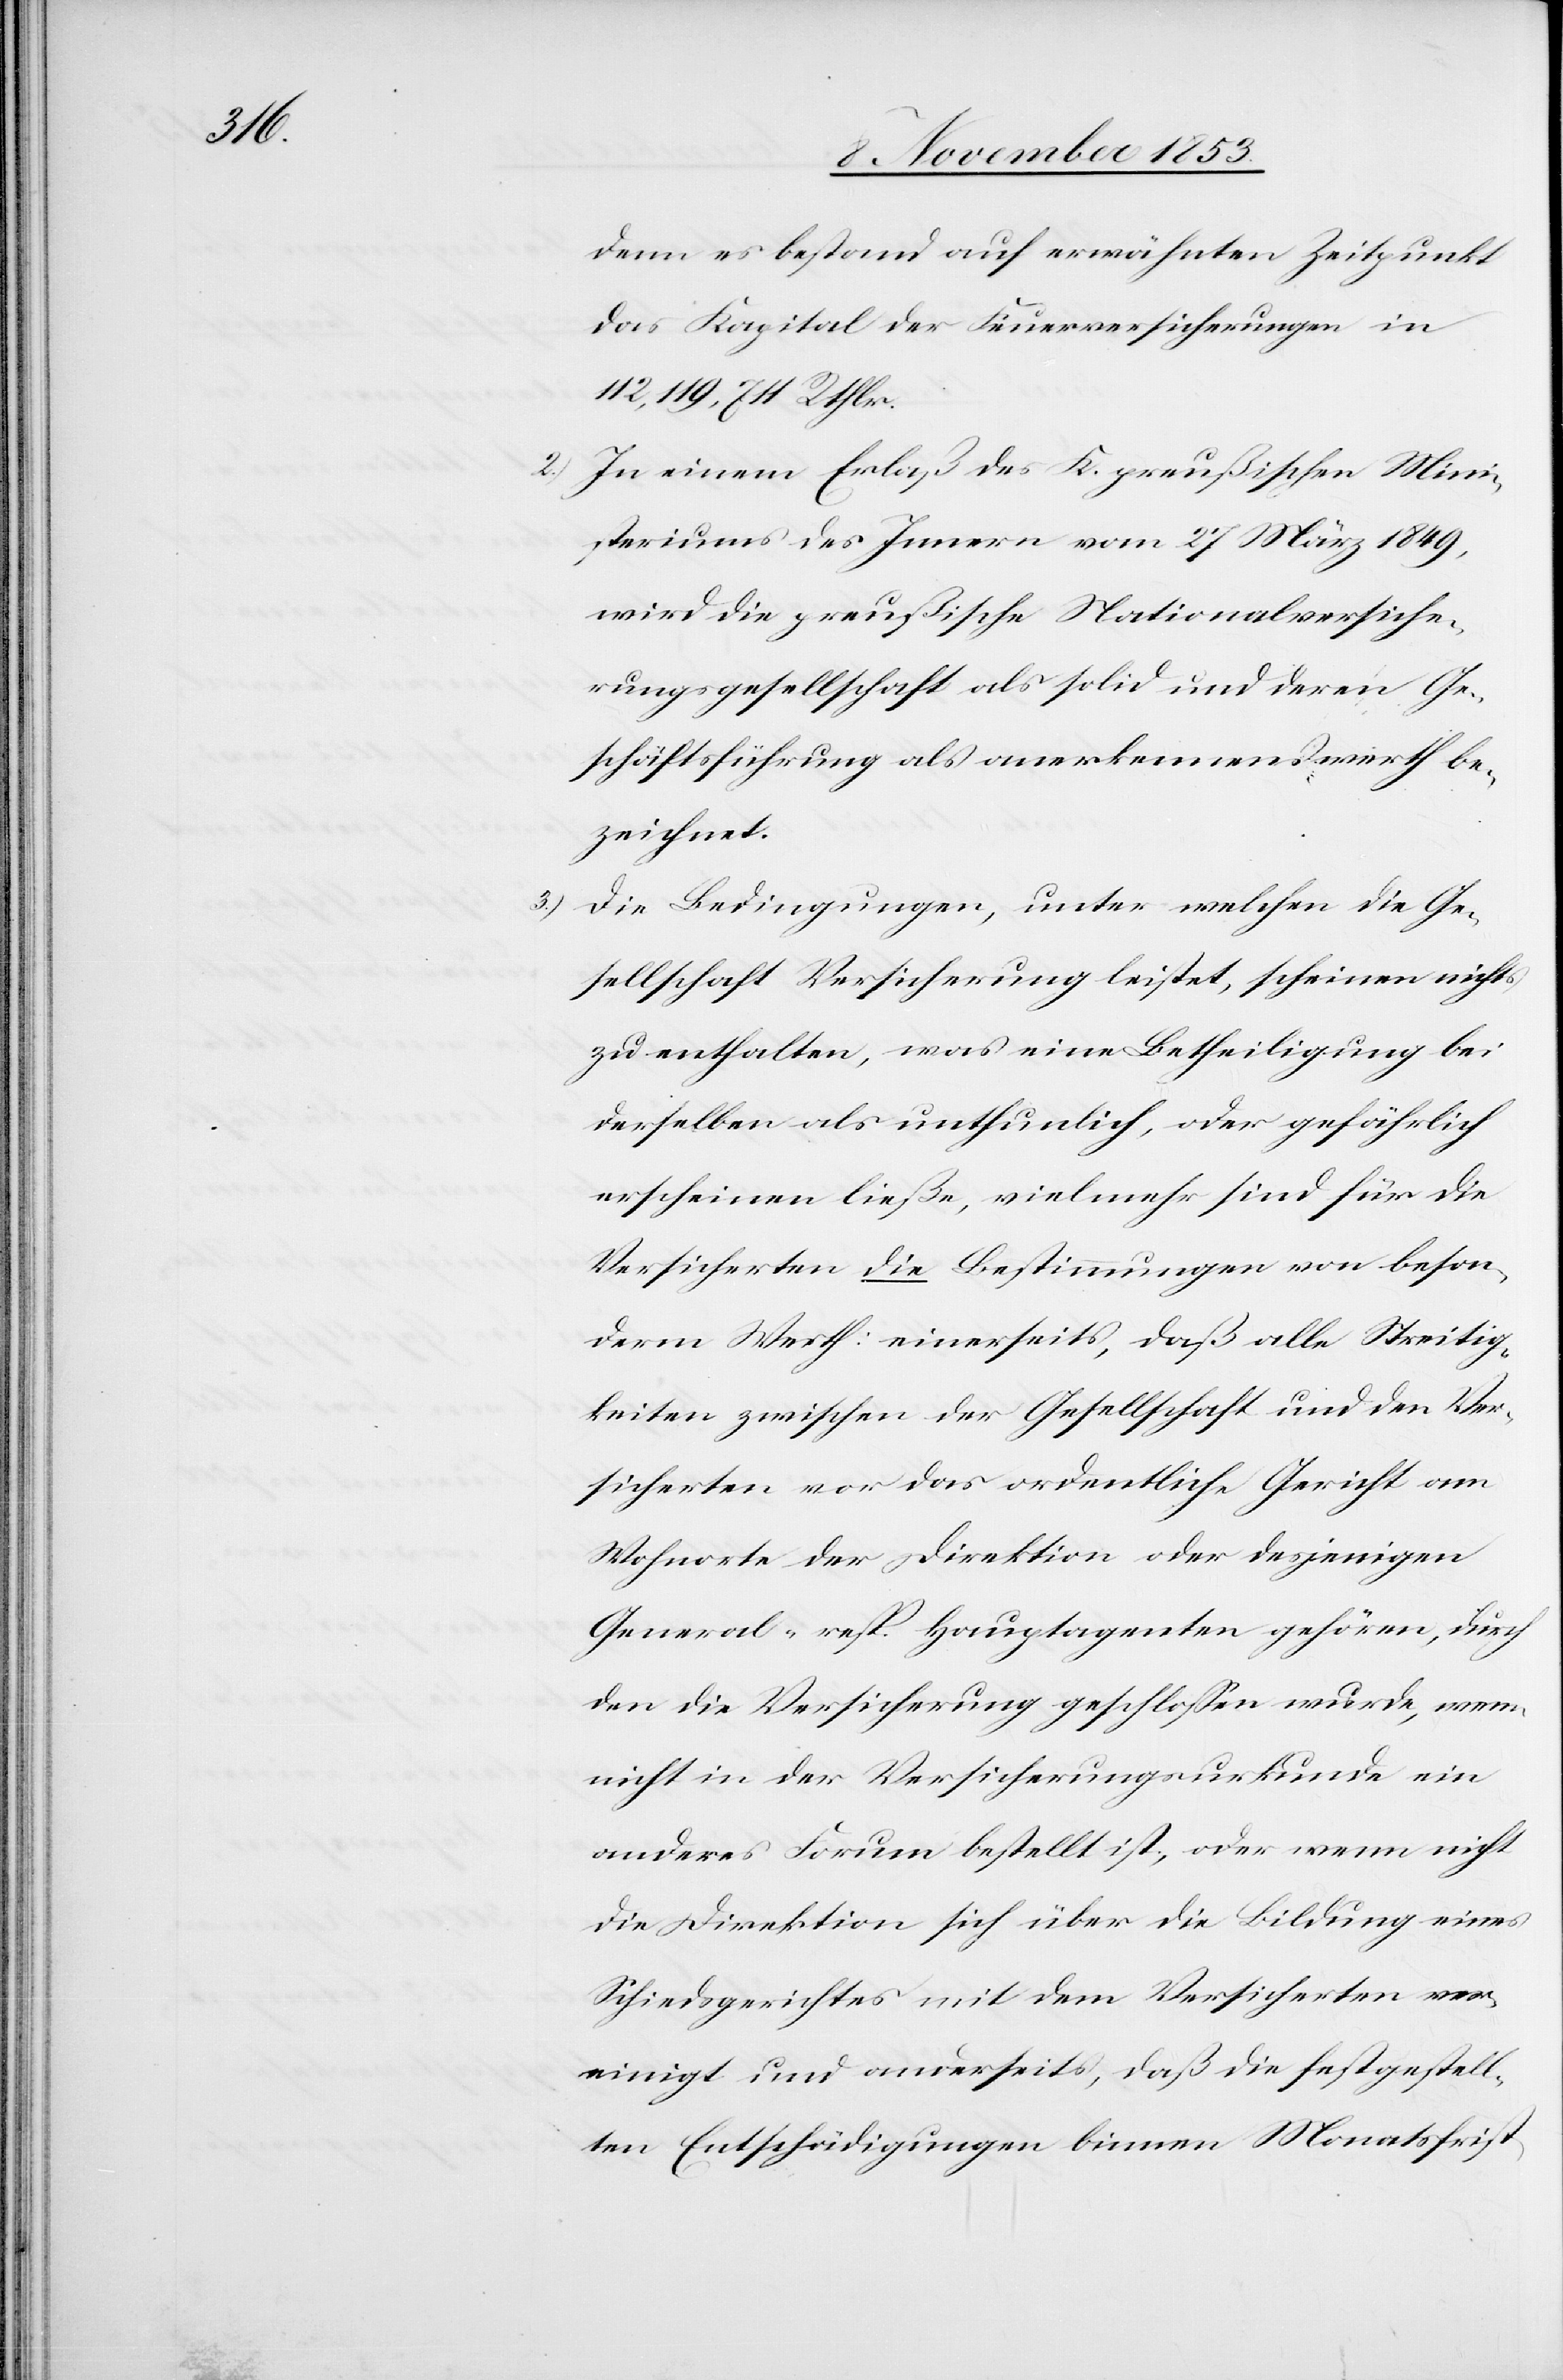
3.)

denn es bestand auf erwähnten Zeitpunkt
das Kapital der Feuerversicherungen in
112,119,711 Rthlr.
2.) In einem Erlaß des K. preußischen Mini¬
steriums des Innern vom 27 März 1849,
wird die preußische Nationalversiche¬
rungsgesellschaft als solid und deren Ge¬
schäftsführung als anerkennenswerth be¬
zeichnet.
Die Bedingungen, unter welchen die Ge¬
sellschaft Versicherung leistet, scheinen nichts
zu enthalten, was eine Betheiligung bei
derselben als unthunlich, oder gefährlich
erscheinen ließe, vielmehr sind für die
Versicherten die Bestimmungen von beson¬
derm Werth: einerseits, daß alle Streitig¬
keiten zwischen der Gesellschaft und den Ver¬
sicherten vor das ordentliche Gericht am
Wohnorte der Direktion oder desjenigen
General- und Hauptagenten gehören, durch
den die Versicherung geschloßen wurde, wenn
nicht in der Versicherungsurkunde ein
anderes Forum bestellt ist, oder wenn nicht
die Direktion sich über die Bildung eines
Schiedsgerichtes mit dem Versicherten ver¬
einigt und anderseits, daß die festgestell¬
ten Entschädigungen binnen Monatsfrist